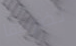
تضربها